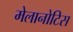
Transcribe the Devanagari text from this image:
मेलानोटिस